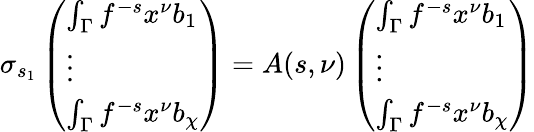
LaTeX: \sigma_{s_{1}}\left(\begin{array}{l}{\int_{\Gamma}f^{-s}x^{\nu}b_{1}}\\ {\vdots}\\ {\int_{\Gamma}f^{-s}x^{\nu}b_{\chi}}\end{array}\right)=A(s,\nu)\left(\begin{array}{l}{\int_{\Gamma}f^{-s}x^{\nu}b_{1}}\\ {\vdots}\\ {\int_{\Gamma}f^{-s}x^{\nu}b_{\chi}}\end{array}\right)